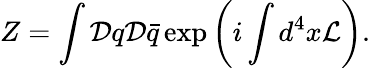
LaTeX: Z=\int{\cal D}q{\cal D}\bar{q}\exp\left(i\int d^{4}x{\cal L}\right).